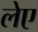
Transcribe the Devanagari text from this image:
लेए